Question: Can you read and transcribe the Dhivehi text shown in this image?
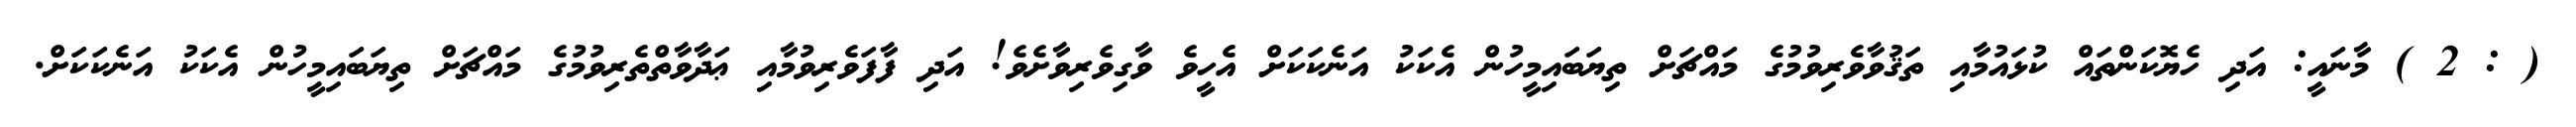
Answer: ( : 2 ) މާނައީ: އަދި ހެޔޮކަންތައް ކުޅައުމާއި ތަޤުވާވެރިވުމުގެ މައްޗަށް ތިޔަބައިމީހުން އެކަކު އަނެކަކަށް އެހީވެ ވާގިވެރިވާށެވެ! އަދި ފާފަވެރިވުމާއި ޢަދާވާތްތެރިވުމުގެ މައްޗަށް ތިޔަބައިމީހުން އެކަކު އަނެކަކަށް.